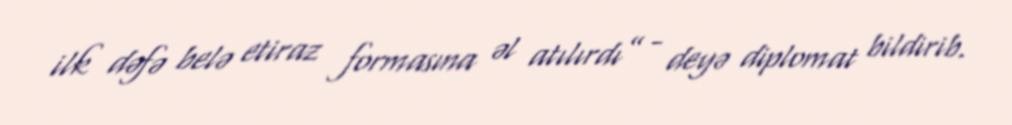
ilk dəfə belə etiraz formasına əl atılırdı” - deyə diplomat bildirib.